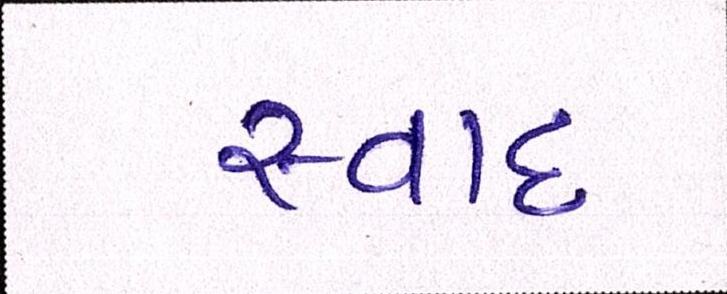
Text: સ્વાદ